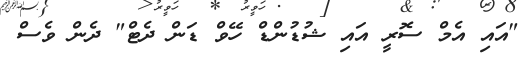
"އައި އެމް ސޮރީ އައި ޝުޑުންޑް ހޭވް ޑަން ދެޓް" ދެން ވެސް